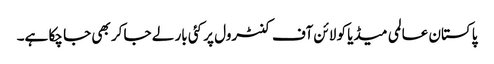
پاکستان عالمی میڈیا کو لائن آف کنٹرول پر کئی بار لے جا کر بھی جا چکا ہے۔